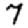
Digit: 7